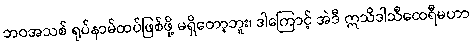
ဘဝအသစ် ရုပ်နာမ်ထပ်ဖြစ်ဖို့ မရှိတော့ဘူး၊ ဒါကြောင့် အဲဒီ ဣသိဒါသီထေရီမဟာ